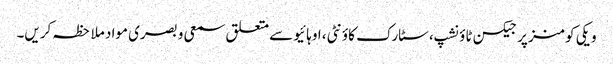
ویکی کومنز پر جیکسن ٹاؤنشپ، سٹارک کاؤنٹی، اوہائیو سے متعلق سمعی و بصری مواد ملاحظہ کریں۔